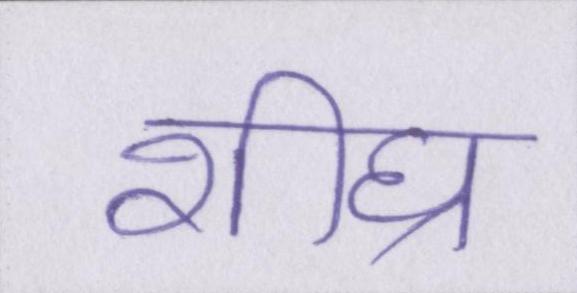
शीघ्र